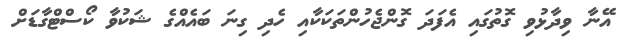
އޭނާ ވިދާޅުވި ގޮތުގައި އެފަދަ ގޮންޖެހުންތަކަކާއި ހެދި ގިނަ ބައެއްގެ ޝަކުވާ ކޯސްޓްގާޑަށް